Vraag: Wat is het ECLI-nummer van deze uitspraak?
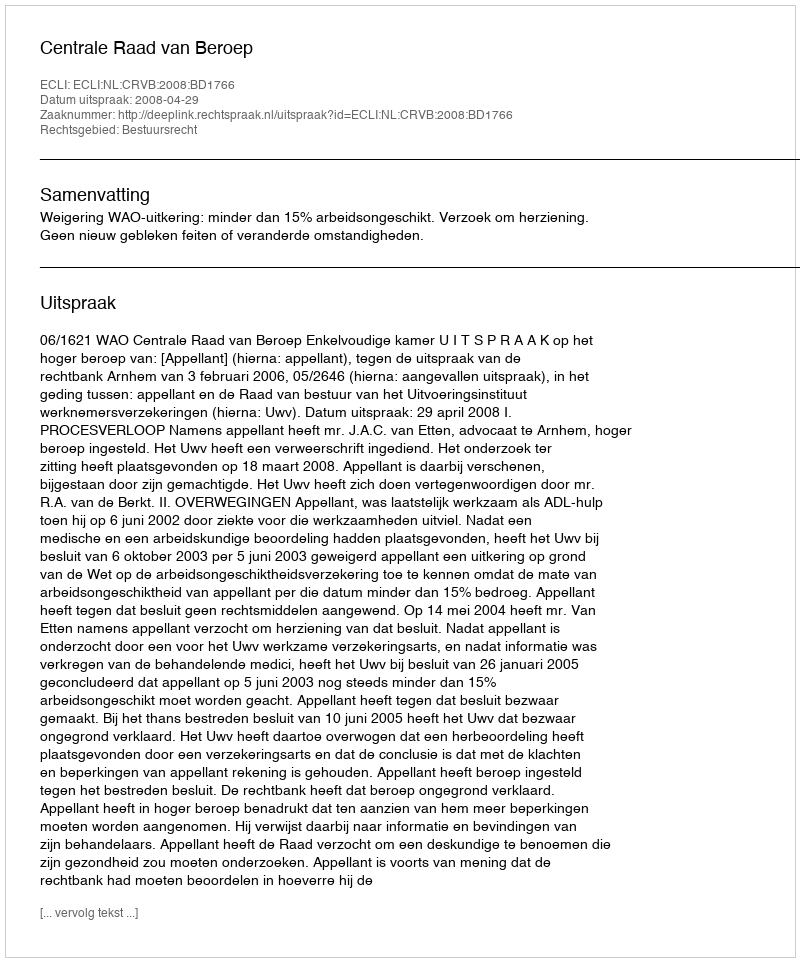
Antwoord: ECLI:NL:CRVB:2008:BD1766